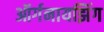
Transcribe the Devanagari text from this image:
ऑर्गनायझिंग